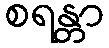
စရန္တာ